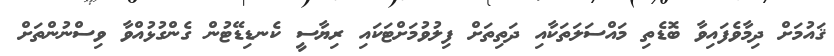
ޤައުމަށް ދިމާވެފައިވާ ބޮޑެތި މައްސަލަތަކާއި ދަތިތަށް ފިލުވުމަށްޓަކައި ރިޔާސީ ކެނޑިޑޭޓުން ގެންގުޅުއްވާ ވިސްނުންތަށް